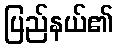
ပြည်နယ်၏